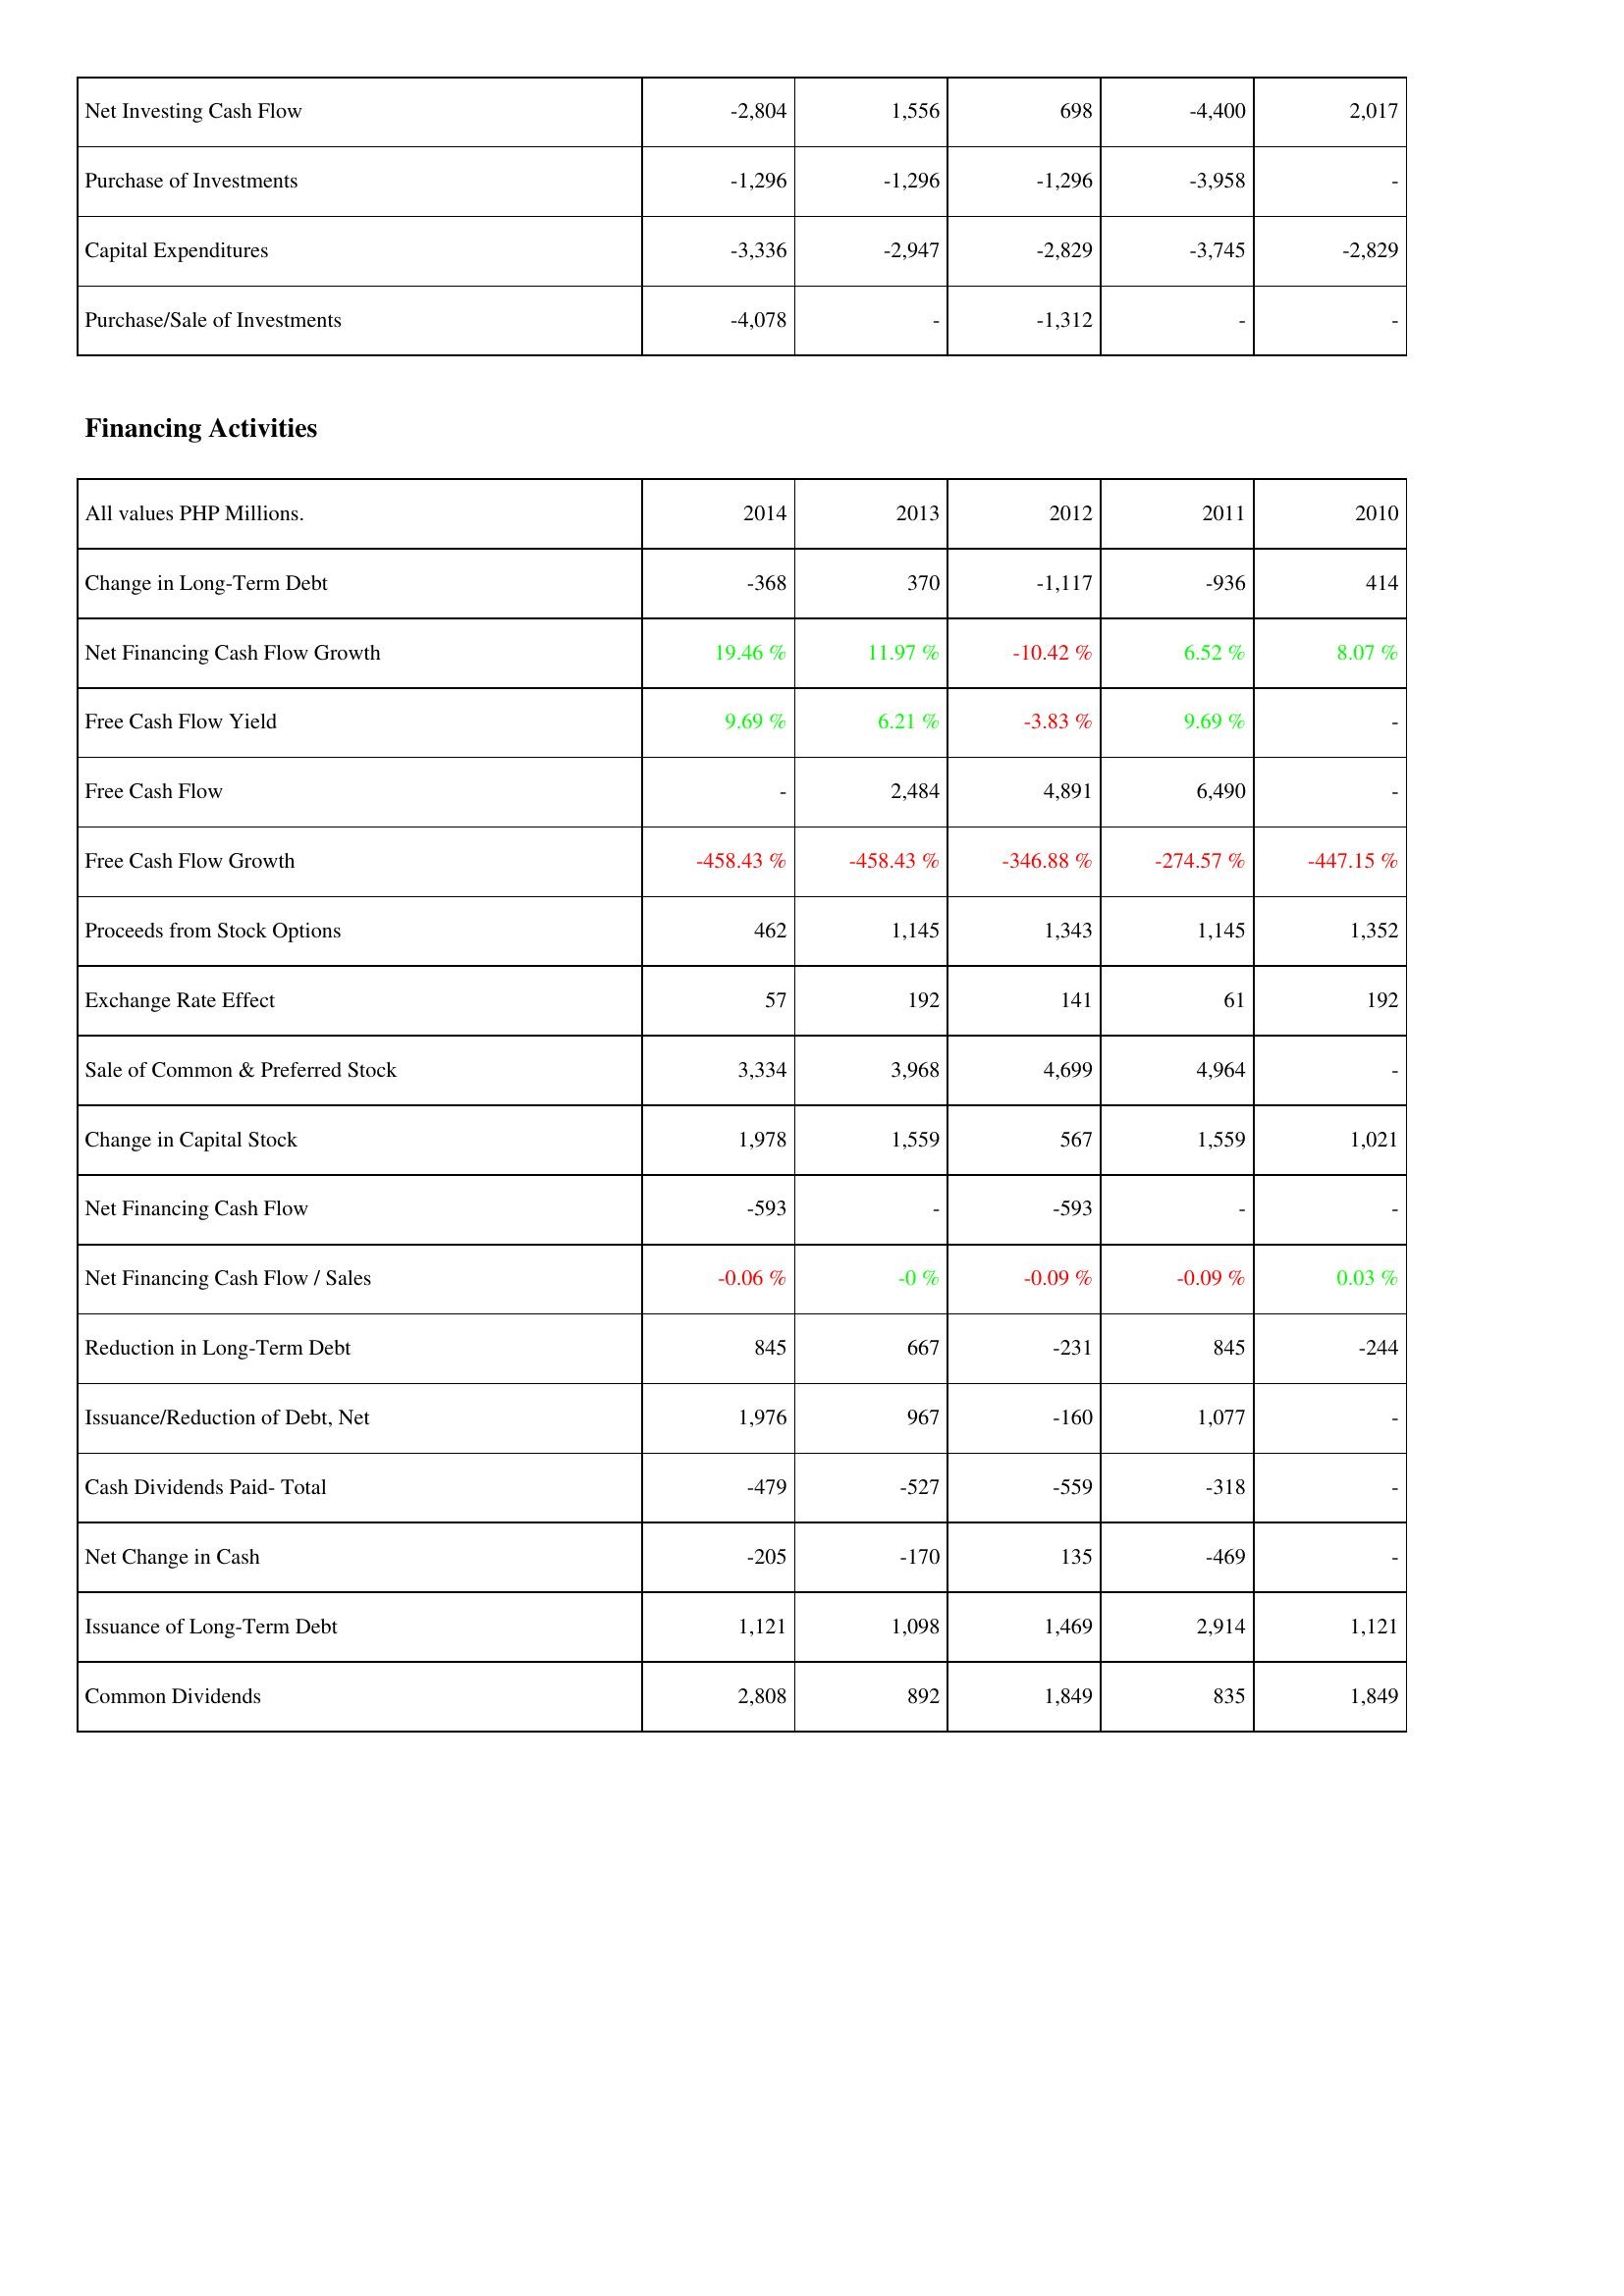
2014: Investing Activities: Net Investing Cash Flow: -2,804
Purchase of Investments: -1,296
Capital Expenditures: -3,336
Purchase/Sale of Investments: -4,078
Financing Activities: Change in Long-Term Debt: -368
Net Financing Cash Flow Growth: 19.46 %
Free Cash Flow Yield: 9.69 %
Free Cash Flow: -
Free Cash Flow Growth: -458.43 %
Proceeds from Stock Options: 462
Exchange Rate Effect: 57
Sale of Common & Preferred Stock: 3,334
Change in Capital Stock: 1,978
Net Financing Cash Flow: -593
Net Financing Cash Flow / Sales: -0.06 %
Reduction in Long-Term Debt: 845
Issuance/Reduction of Debt, Net: 1,976
Cash Dividends Paid- Total: -479
Net Change in Cash: -205
Issuance of Long-Term Debt: 1,121
Common Dividends: 2,808
2013: Investing Activities: Net Investing Cash Flow: 1,556
Purchase of Investments: -1,296
Capital Expenditures: -2,947
Purchase/Sale of Investments: -
Financing Activities: Change in Long-Term Debt: 370
Net Financing Cash Flow Growth: 11.97 %
Free Cash Flow Yield: 6.21 %
Free Cash Flow: 2,484
Free Cash Flow Growth: -458.43 %
Proceeds from Stock Options: 1,145
Exchange Rate Effect: 192
Sale of Common & Preferred Stock: 3,968
Change in Capital Stock: 1,559
Net Financing Cash Flow: -
Net Financing Cash Flow / Sales: -0 %
Reduction in Long-Term Debt: 667
Issuance/Reduction of Debt, Net: 967
Cash Dividends Paid- Total: -527
Net Change in Cash: -170
Issuance of Long-Term Debt: 1,098
Common Dividends: 892
2012: Investing Activities: Net Investing Cash Flow: 698
Purchase of Investments: -1,296
Capital Expenditures: -2,829
Purchase/Sale of Investments: -1,312
Financing Activities: Change in Long-Term Debt: -1,117
Net Financing Cash Flow Growth: -10.42 %
Free Cash Flow Yield: -3.83 %
Free Cash Flow: 4,891
Free Cash Flow Growth: -346.88 %
Proceeds from Stock Options: 1,343
Exchange Rate Effect: 141
Sale of Common & Preferred Stock: 4,699
Change in Capital Stock: 567
Net Financing Cash Flow: -593
Net Financing Cash Flow / Sales: -0.09 %
Reduction in Long-Term Debt: -231
Issuance/Reduction of Debt, Net: -160
Cash Dividends Paid- Total: -559
Net Change in Cash: 135
Issuance of Long-Term Debt: 1,469
Common Dividends: 1,849
2011: Investing Activities: Net Investing Cash Flow: -4,400
Purchase of Investments: -3,958
Capital Expenditures: -3,745
Purchase/Sale of Investments: -
Financing Activities: Change in Long-Term Debt: -936
Net Financing Cash Flow Growth: 6.52 %
Free Cash Flow Yield: 9.69 %
Free Cash Flow: 6,490
Free Cash Flow Growth: -274.57 %
Proceeds from Stock Options: 1,145
Exchange Rate Effect: 61
Sale of Common & Preferred Stock: 4,964
Change in Capital Stock: 1,559
Net Financing Cash Flow: -
Net Financing Cash Flow / Sales: -0.09 %
Reduction in Long-Term Debt: 845
Issuance/Reduction of Debt, Net: 1,077
Cash Dividends Paid- Total: -318
Net Change in Cash: -469
Issuance of Long-Term Debt: 2,914
Common Dividends: 835
2010: Investing Activities: Net Investing Cash Flow: 2,017
Purchase of Investments: -
Capital Expenditures: -2,829
Purchase/Sale of Investments: -
Financing Activities: Change in Long-Term Debt: 414
Net Financing Cash Flow Growth: 8.07 %
Free Cash Flow Yield: -
Free Cash Flow: -
Free Cash Flow Growth: -447.15 %
Proceeds from Stock Options: 1,352
Exchange Rate Effect: 192
Sale of Common & Preferred Stock: -
Change in Capital Stock: 1,021
Net Financing Cash Flow: -
Net Financing Cash Flow / Sales: 0.03 %
Reduction in Long-Term Debt: -244
Issuance/Reduction of Debt, Net: -
Cash Dividends Paid- Total: -
Net Change in Cash: -
Issuance of Long-Term Debt: 1,121
Common Dividends: 1,849